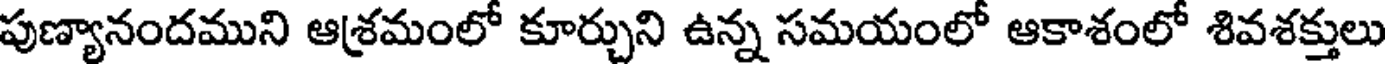
పుణ్యానందముని ఆశ్రమంలో కూర్చుని ఉన్న సమయంలో ఆకాశంలో శివశక్తులు